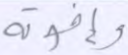
وإخوته